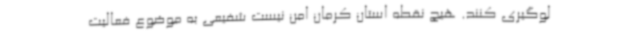
لوگیری کنند. هیچ نقطه استان کرمان امن نیست شفیعی به موضوع فعالیت